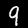
Label: 9